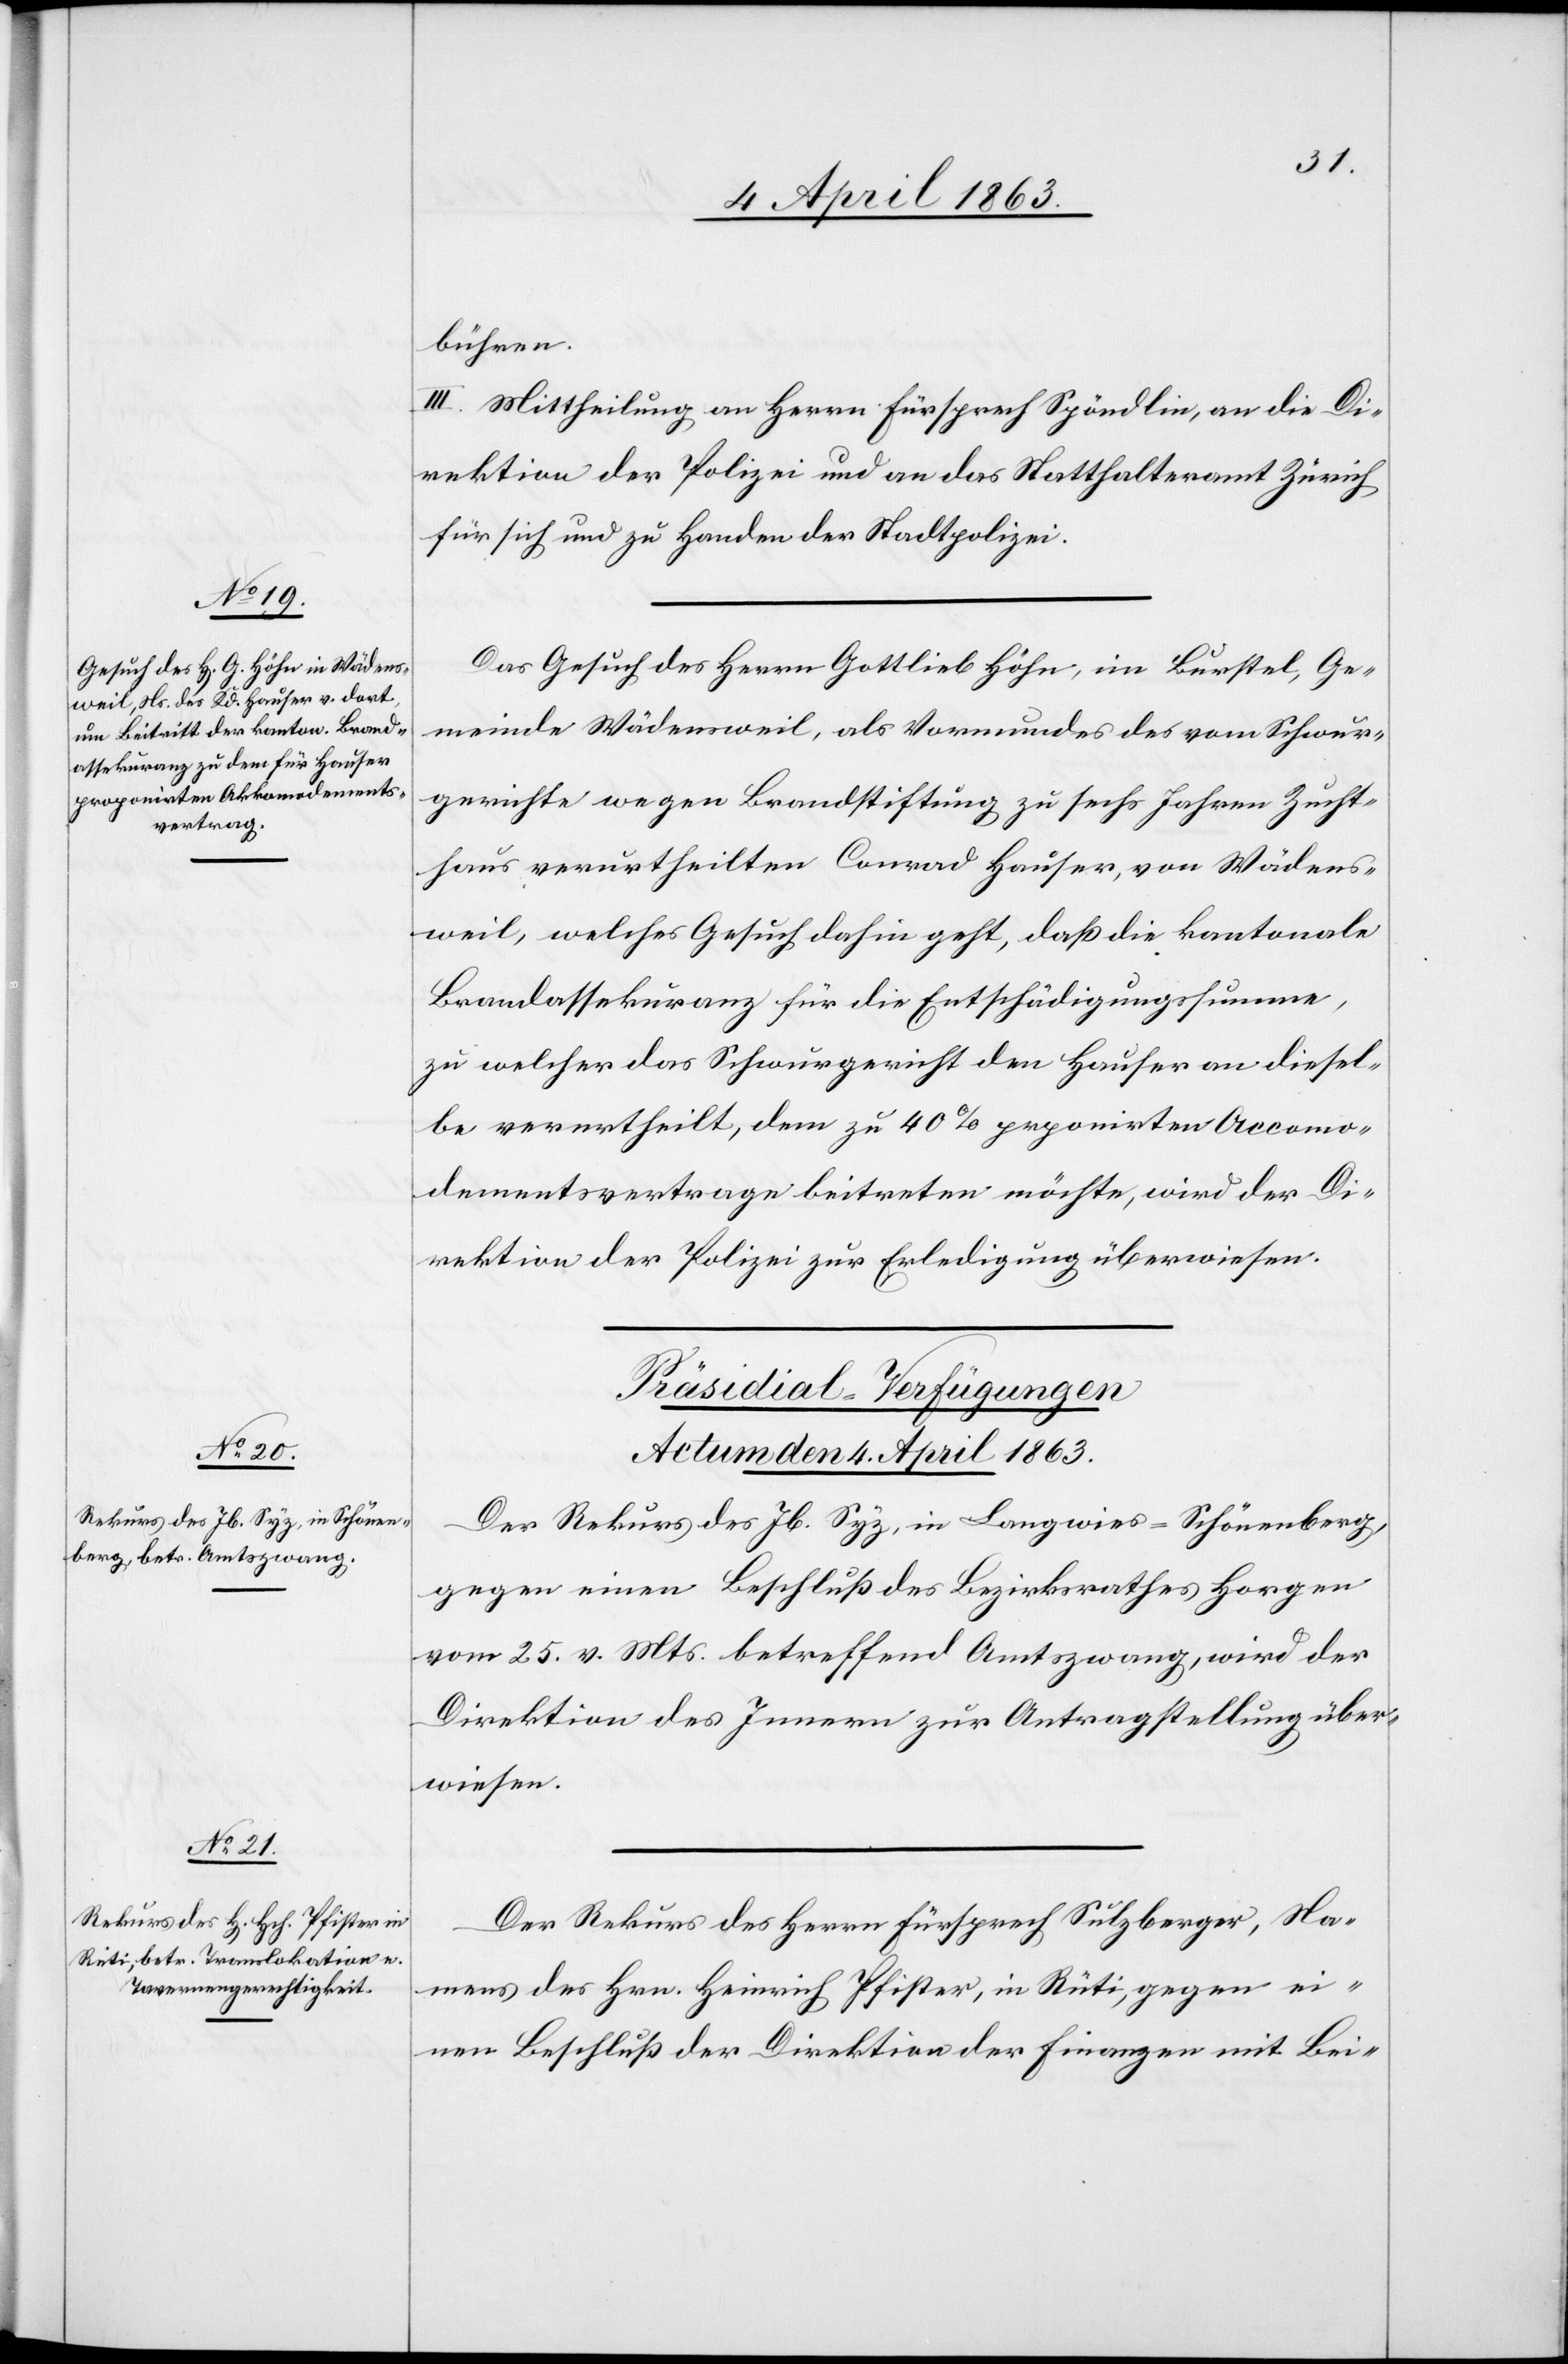
bühren.
III. Mittheilung an Herrn Fürsprech Spöndlin, an die Di¬
rektion der Polizei und an das Statthalteramt Zürich
für sich und zu Handen der Stadtpolizei.
Das Gesuch des Herrn Gottlieb Höhn, im Burstel, Ge¬
meinde Wädensweil, als Vormundes des vom Schwur¬
gerichte wegen Brandstiftung zu sechs Jahren Zucht¬
haus verurtheilten Conrad [sic!] Hauser, von Wädens¬
weil, welches Gesuch dahin geht, daß die kantonale
Brandassekuranz für die Entschädigungssumme,
zu welcher das Schwurgericht den Hauser an diesel¬
be verurtheilt, dem zu 40% pr[o]ponirten Accomo¬
dementsvertrage beitreten möchte, wird der Di¬
rektion der Polizei zur Erledigung überwiesen.
[Präsidial-Verfügungen
Actum den 4. April 1863.]
Der Rekurs des Jb. Syz, in Langwies-Schönenberg,
gegen einen Beschluß des Bezirksrathes Horgen
vom 25. v. Mts. betreffend Amtszwang, wird der
Direktion des Innern zur Antragstellung über¬
wiesen.
Der Rekurs des Herrn Fürsprech Sulzberger, Na¬
mens des Hrn. Heinrich Pfister, in Rüti, gegen ei¬
nen Beschluß der Direktion der Finanzen mit Bei-